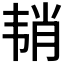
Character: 𱂉